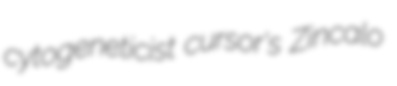
cytogeneticist cursor's Zincalo